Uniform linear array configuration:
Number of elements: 16
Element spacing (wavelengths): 0.5
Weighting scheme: uniform
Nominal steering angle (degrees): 15
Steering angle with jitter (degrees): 14.939
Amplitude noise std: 0.05
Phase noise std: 0.05

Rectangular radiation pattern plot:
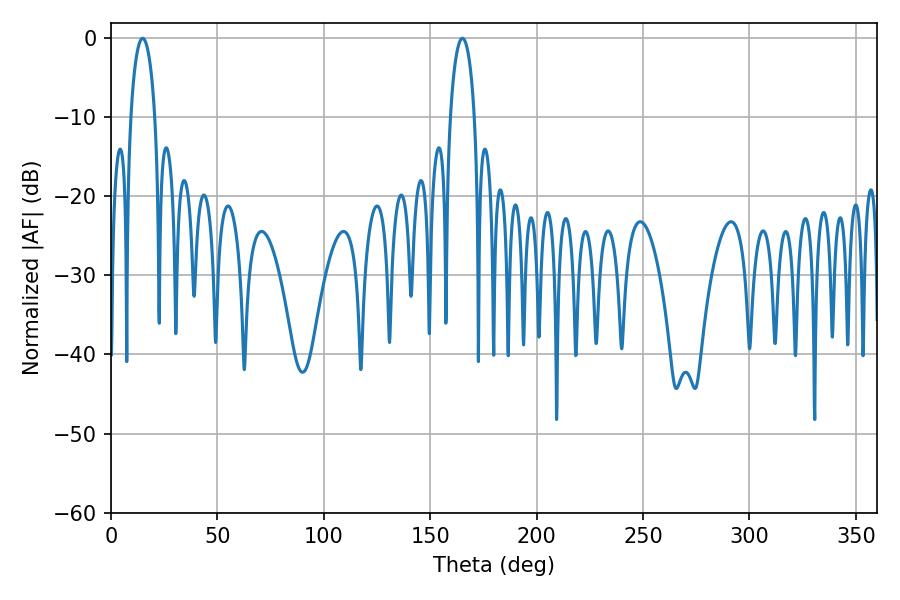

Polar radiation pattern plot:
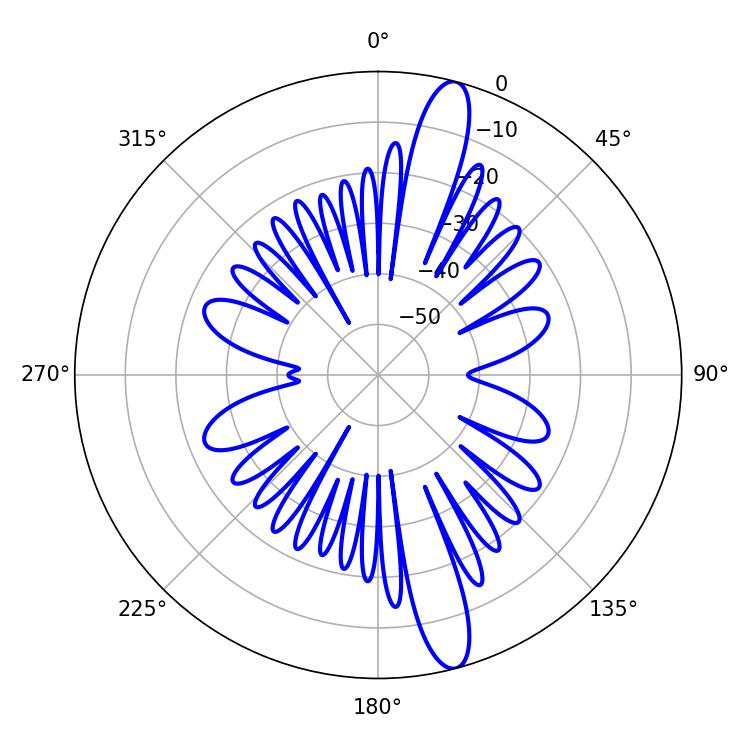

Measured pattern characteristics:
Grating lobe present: FALSE
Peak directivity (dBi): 14.85
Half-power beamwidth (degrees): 6.48
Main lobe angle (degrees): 14.94